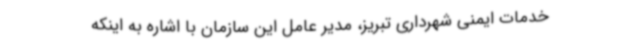
خدمات ایمنی شهرداری تبریز، مدیر عامل این سازمان با اشاره به اینکه